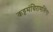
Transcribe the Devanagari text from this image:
कट्टमंचिरामलिंगा